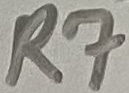
Text: R7